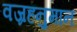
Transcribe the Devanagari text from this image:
वज्रहनुमान